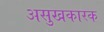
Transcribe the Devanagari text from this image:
असुखकारक